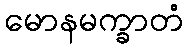
မောနမက္ခာတံ